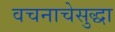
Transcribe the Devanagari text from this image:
वचनाचेसुद्धा